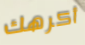
أكرهك